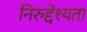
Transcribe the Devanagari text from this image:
निरुद्देश्यता